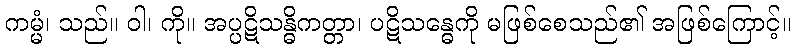
ကမ္မံ၊ သည်။ ဝါ၊ ကို။ အပ္ပဋိသန္ဓိကတ္တာ၊ ပဋိသန္ဓေကို မဖြစ်စေသည်၏ အဖြစ်ကြောင့်။